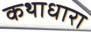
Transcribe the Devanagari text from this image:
कथाधारा